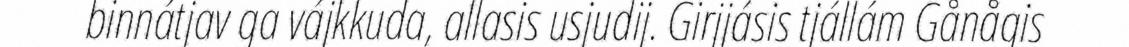
binnátjav ga vájkkuda, allasis usjudij. Girjjásis tjállám Gånågis